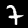
Label: 7